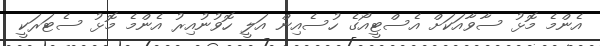
އެންމެ މޮޅު ސާވާއަކަށް އެސްޓީއޯގެ ހުސެއިން އަލީ ހޮވުނުއިރު އެންމެ މޮޅު ސެޓަރަކީ